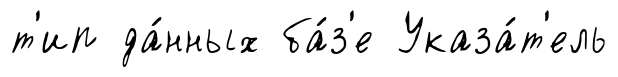
т'ип да́нных ба́з'е Указа́т'ель